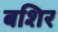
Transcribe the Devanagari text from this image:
बशिर